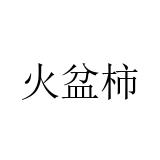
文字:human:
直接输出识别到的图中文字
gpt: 火盆柿